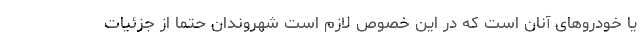
یا خودروهای آنان است که در این خصوص لازم است شهروندان حتما از جزئیات